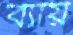
ব্যায়